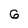
Character: 6